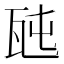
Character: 瓲